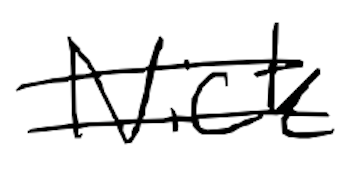
Text: Nick
Cross-out: double-line
Writing tool: digital_black